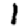
Digit: 1